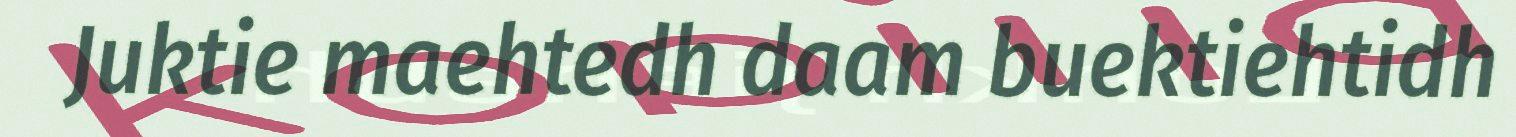
Juktie maehtedh daam buektiehtidh